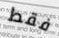
فقط